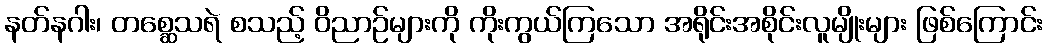
နတ်နဂါး၊ တစ္ဆေသရဲ စသည့် ဝိညာဉ်များကို ကိုးကွယ်ကြသော အရိုင်းအစိုင်းလူမျိုးများ ဖြစ်ကြောင်း